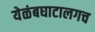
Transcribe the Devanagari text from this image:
येळंबघाटालगच